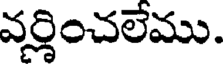
వర్ణించలేము.